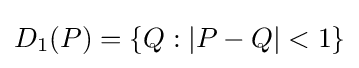
D_{1}(P)=\{Q:\vert P-Q\vert <1\}